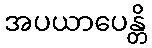
အပယာပေန္တိ